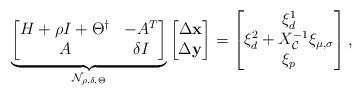
LaTeX: \begin{align*}\underbrace{\begin{bmatrix}H+\rho I +\Theta^\dagger & -A^T \\ A & \delta I \end{bmatrix}}_{\mathcal{N}_{\rho,\delta,\Theta}}\begin{bmatrix}\Delta \mathbf{x} \\\Delta \mathbf{y} \end{bmatrix}=\begin{bmatrix}\xi_d^1 \\\xi^2_d+X^{-1}_{\mathcal{C}}\xi_{\mu,\sigma}\\\xi_p \\\end{bmatrix},\end{align*}